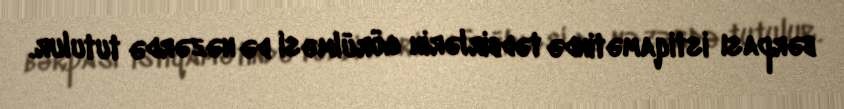
bərpası istiqamətində tədbirlərin görülməsi də nəzərdə tutulur.